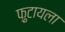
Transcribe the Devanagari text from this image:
फ़ुटायला